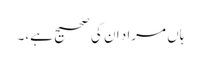
ہاں مراد ان کی صحیح ہے،۔